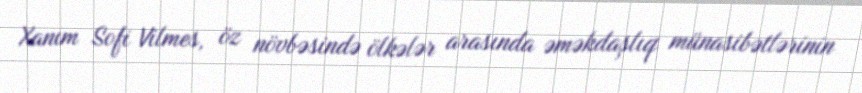
Xanım Sofi Vilmes, öz növbəsində ölkələr arasında əməkdaşlıq münasibətlərinin